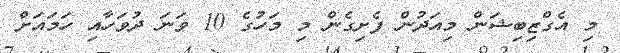
މި އެގްޒިބިޝަން މިއަދުން ފެށިގެން މި މަހުގެ 10 ވަނަ ދުވަހާއި ހަމައަށް